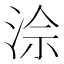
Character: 𪶅